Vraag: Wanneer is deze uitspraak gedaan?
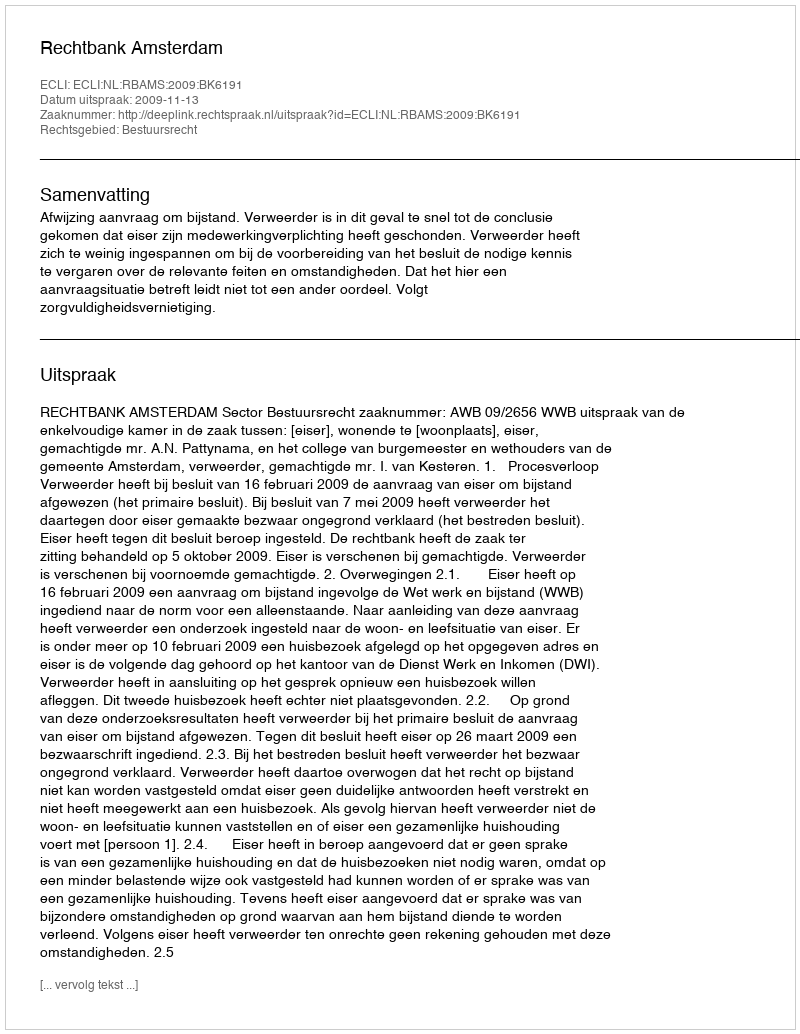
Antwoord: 2009-11-13